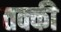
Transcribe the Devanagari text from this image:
तक्की